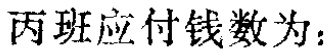
丙班应付钱数为：